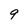
Character: 9